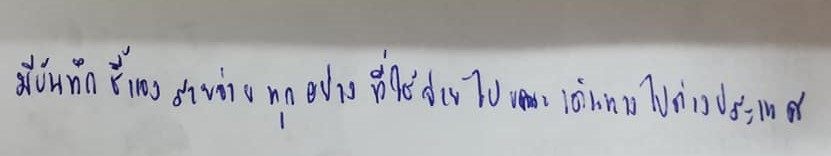
มีบันทึกชี้แจงรายจ่ายทุกอย่างที่ใช้จ่ายไปขณะเดินทางไปต่างประเทศ